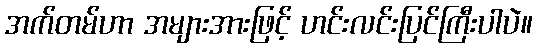
အက်တမ်ဟာ အများအားဖြင့် ဟင်းလင်းပြင်ကြီးပါပဲ။